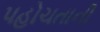
પહોચતાની